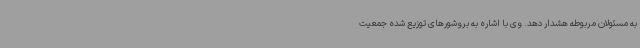
به مسئولان مربوطه هشدار دهد. وی با اشاره به بروشورهای توزیع شده جمعیت